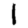
Digit: 1